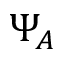
\Psi _ { A }